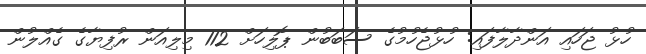
ހުޅު ޖަހައި އަންދާލާފައި: ހުޅުޖެހުމުގެ ސަބަބުން ޕޮލިހަށް 112 މިލިއަން ރުފިޔާގެ ގެއްލުން